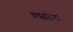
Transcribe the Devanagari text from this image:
पसादेना